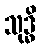
သုဒ္ဓိ